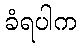
ခံရပါက